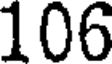
106